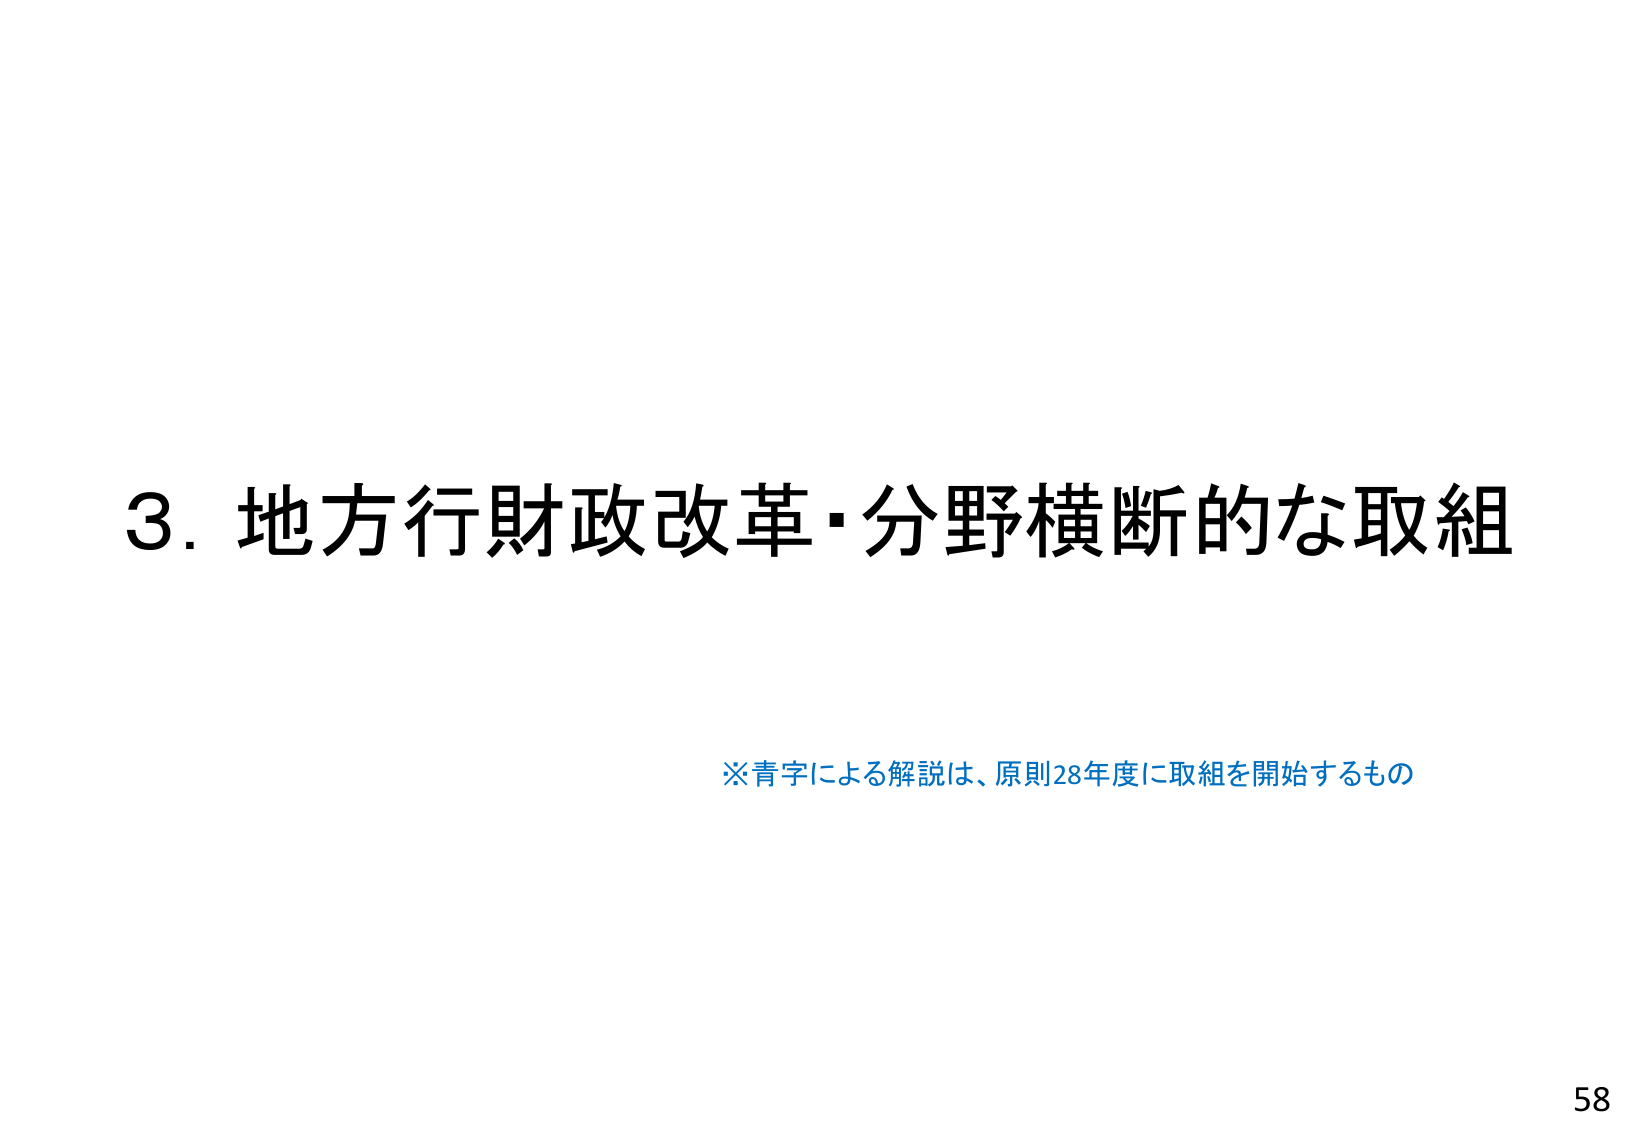
3. 地方行財政改革・分野横断的な取組

※青字による解説は、原則28年度に取組を開始するもの

58